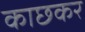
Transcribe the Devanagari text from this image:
काछकर